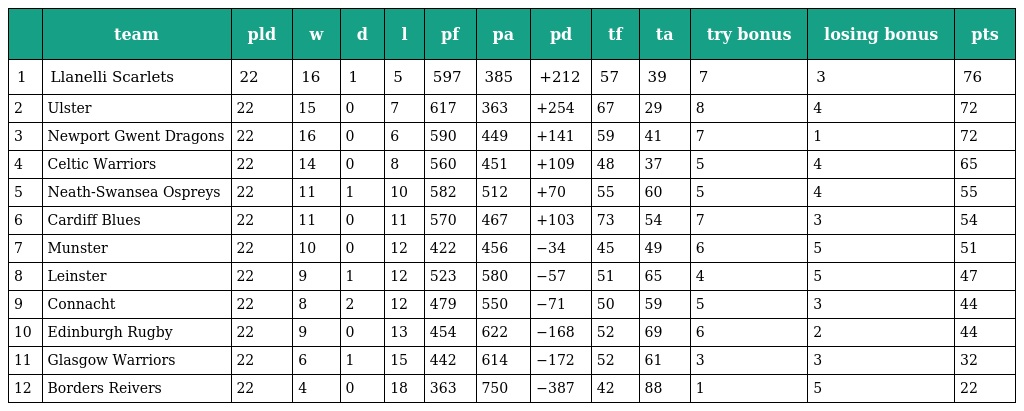
|  | team | pld | w | d | l | pf | pa | pd | tf | ta | try bonus | losing bonus | pts |
 | --- | --- | --- | --- | --- | --- | --- | --- | --- | --- | --- | --- | --- | --- |
 | 1 | Llanelli Scarlets | 22 | 16 | 1 | 5 | 597 | 385 | +212 | 57 | 39 | 7 | 3 | 76 |
 | 2 | Ulster | 22 | 15 | 0 | 7 | 617 | 363 | +254 | 67 | 29 | 8 | 4 | 72 |
 | 3 | Newport Gwent Dragons | 22 | 16 | 0 | 6 | 590 | 449 | +141 | 59 | 41 | 7 | 1 | 72 |
 | 4 | Celtic Warriors | 22 | 14 | 0 | 8 | 560 | 451 | +109 | 48 | 37 | 5 | 4 | 65 |
 | 5 | Neath-Swansea Ospreys | 22 | 11 | 1 | 10 | 582 | 512 | +70 | 55 | 60 | 5 | 4 | 55 |
 | 6 | Cardiff Blues | 22 | 11 | 0 | 11 | 570 | 467 | +103 | 73 | 54 | 7 | 3 | 54 |
 | 7 | Munster | 22 | 10 | 0 | 12 | 422 | 456 | −34 | 45 | 49 | 6 | 5 | 51 |
 | 8 | Leinster | 22 | 9 | 1 | 12 | 523 | 580 | −57 | 51 | 65 | 4 | 5 | 47 |
 | 9 | Connacht | 22 | 8 | 2 | 12 | 479 | 550 | −71 | 50 | 59 | 5 | 3 | 44 |
 | 10 | Edinburgh Rugby | 22 | 9 | 0 | 13 | 454 | 622 | −168 | 52 | 69 | 6 | 2 | 44 |
 | 11 | Glasgow Warriors | 22 | 6 | 1 | 15 | 442 | 614 | −172 | 52 | 61 | 3 | 3 | 32 |
 | 12 | Borders Reivers | 22 | 4 | 0 | 18 | 363 | 750 | −387 | 42 | 88 | 1 | 5 | 22 |